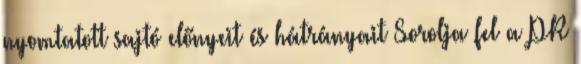
nyomtatott sajtó előnyeit és hátrányait Sorolja fel a PR